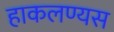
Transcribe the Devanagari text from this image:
हाकलण्यस